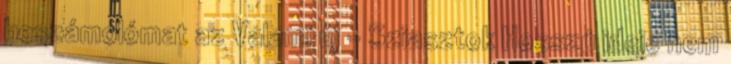
beszámolómat az Valami új - Sziasztok Hosszú ideje nem